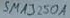
Text: SMA3250A